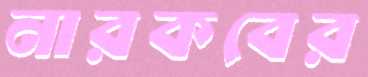
নারকবের